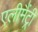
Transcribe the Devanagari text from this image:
एलीमैंट्री